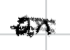
Text: an
Cross-out: double-line
Writing tool: digital_black